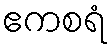
ဧကစရံ